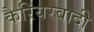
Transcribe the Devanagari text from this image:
कैरियरवादी